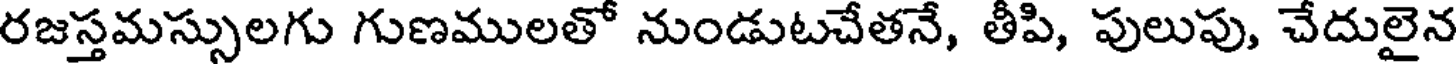
రజస్తమస్సులగు గుణములతో నుండుటచేతనే, తీపి, పులుపు, చేదులైన